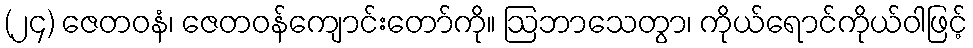
(၂၄) ဇေတဝနံ၊ ဇေတဝန်ကျောင်းတော်ကို။ ဩဘာသေတွာ၊ ကိုယ်ရောင်ကိုယ်ဝါဖြင့်